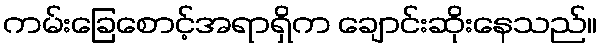
ကမ်းခြေစောင့်အရာရှိက ချောင်းဆိုးနေသည်။